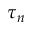
\tau _ { n }